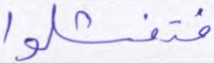
فتفشلوا